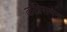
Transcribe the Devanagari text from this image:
काँग्रेसमेन